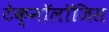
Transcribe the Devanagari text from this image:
टेक्नॉलॉजिस